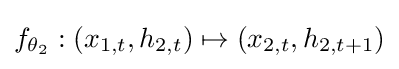
f_{\theta _{2}}:(x_{1,t},h_{2,t})\mapsto (x_{2,t},h_{2,t+1})